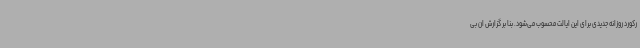
رکورد روزانه جدیدی برای این ایالت محسوب می‌شود. بنا بر گزارش ان بی